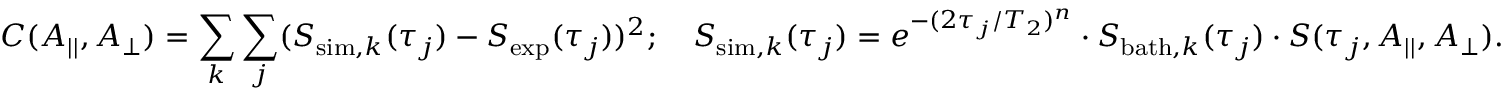
C ( A _ { | | } , A _ { \perp } ) = \sum _ { k } \sum _ { j } ( S _ { \mathrm { s i m } , k } ( \tau _ { j } ) - S _ { \mathrm { e x p } } ( \tau _ { j } ) ) ^ { 2 } ; \quad S _ { \mathrm { s i m } , k } ( \tau _ { j } ) = e ^ { - ( 2 \tau _ { j } / T _ { 2 } ) ^ { n } } \cdot S _ { \mathrm { b a t h } , k } ( \tau _ { j } ) \cdot S ( \tau _ { j } , A _ { | | } , A _ { \perp } ) .